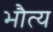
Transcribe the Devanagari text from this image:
भौत्य